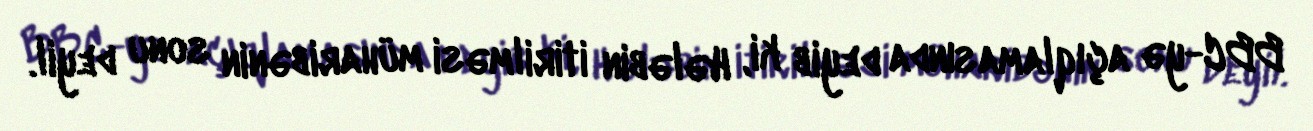
BBC-yə açıqlamasında deyib ki, Hələbin itirilməsi müharibənin sonu deyil.